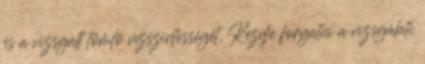
és a vizsgált tömlõ vízszintességét. Kezdje forgatni a vizsgálati